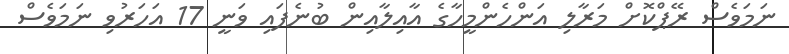
ނަމަވެސް ރޭޕްކޮށް މަރާލި އަންހެންމީހާގެ އާއިލާއިން ބުނެފައި ވަނީ 17 އަހަރުވި ނަމަވެސް